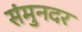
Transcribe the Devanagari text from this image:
संमुनदर